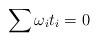
LaTeX: \begin{align*}\sum \omega_i t_i=0\end{align*}